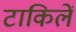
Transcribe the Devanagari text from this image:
टाकिलें